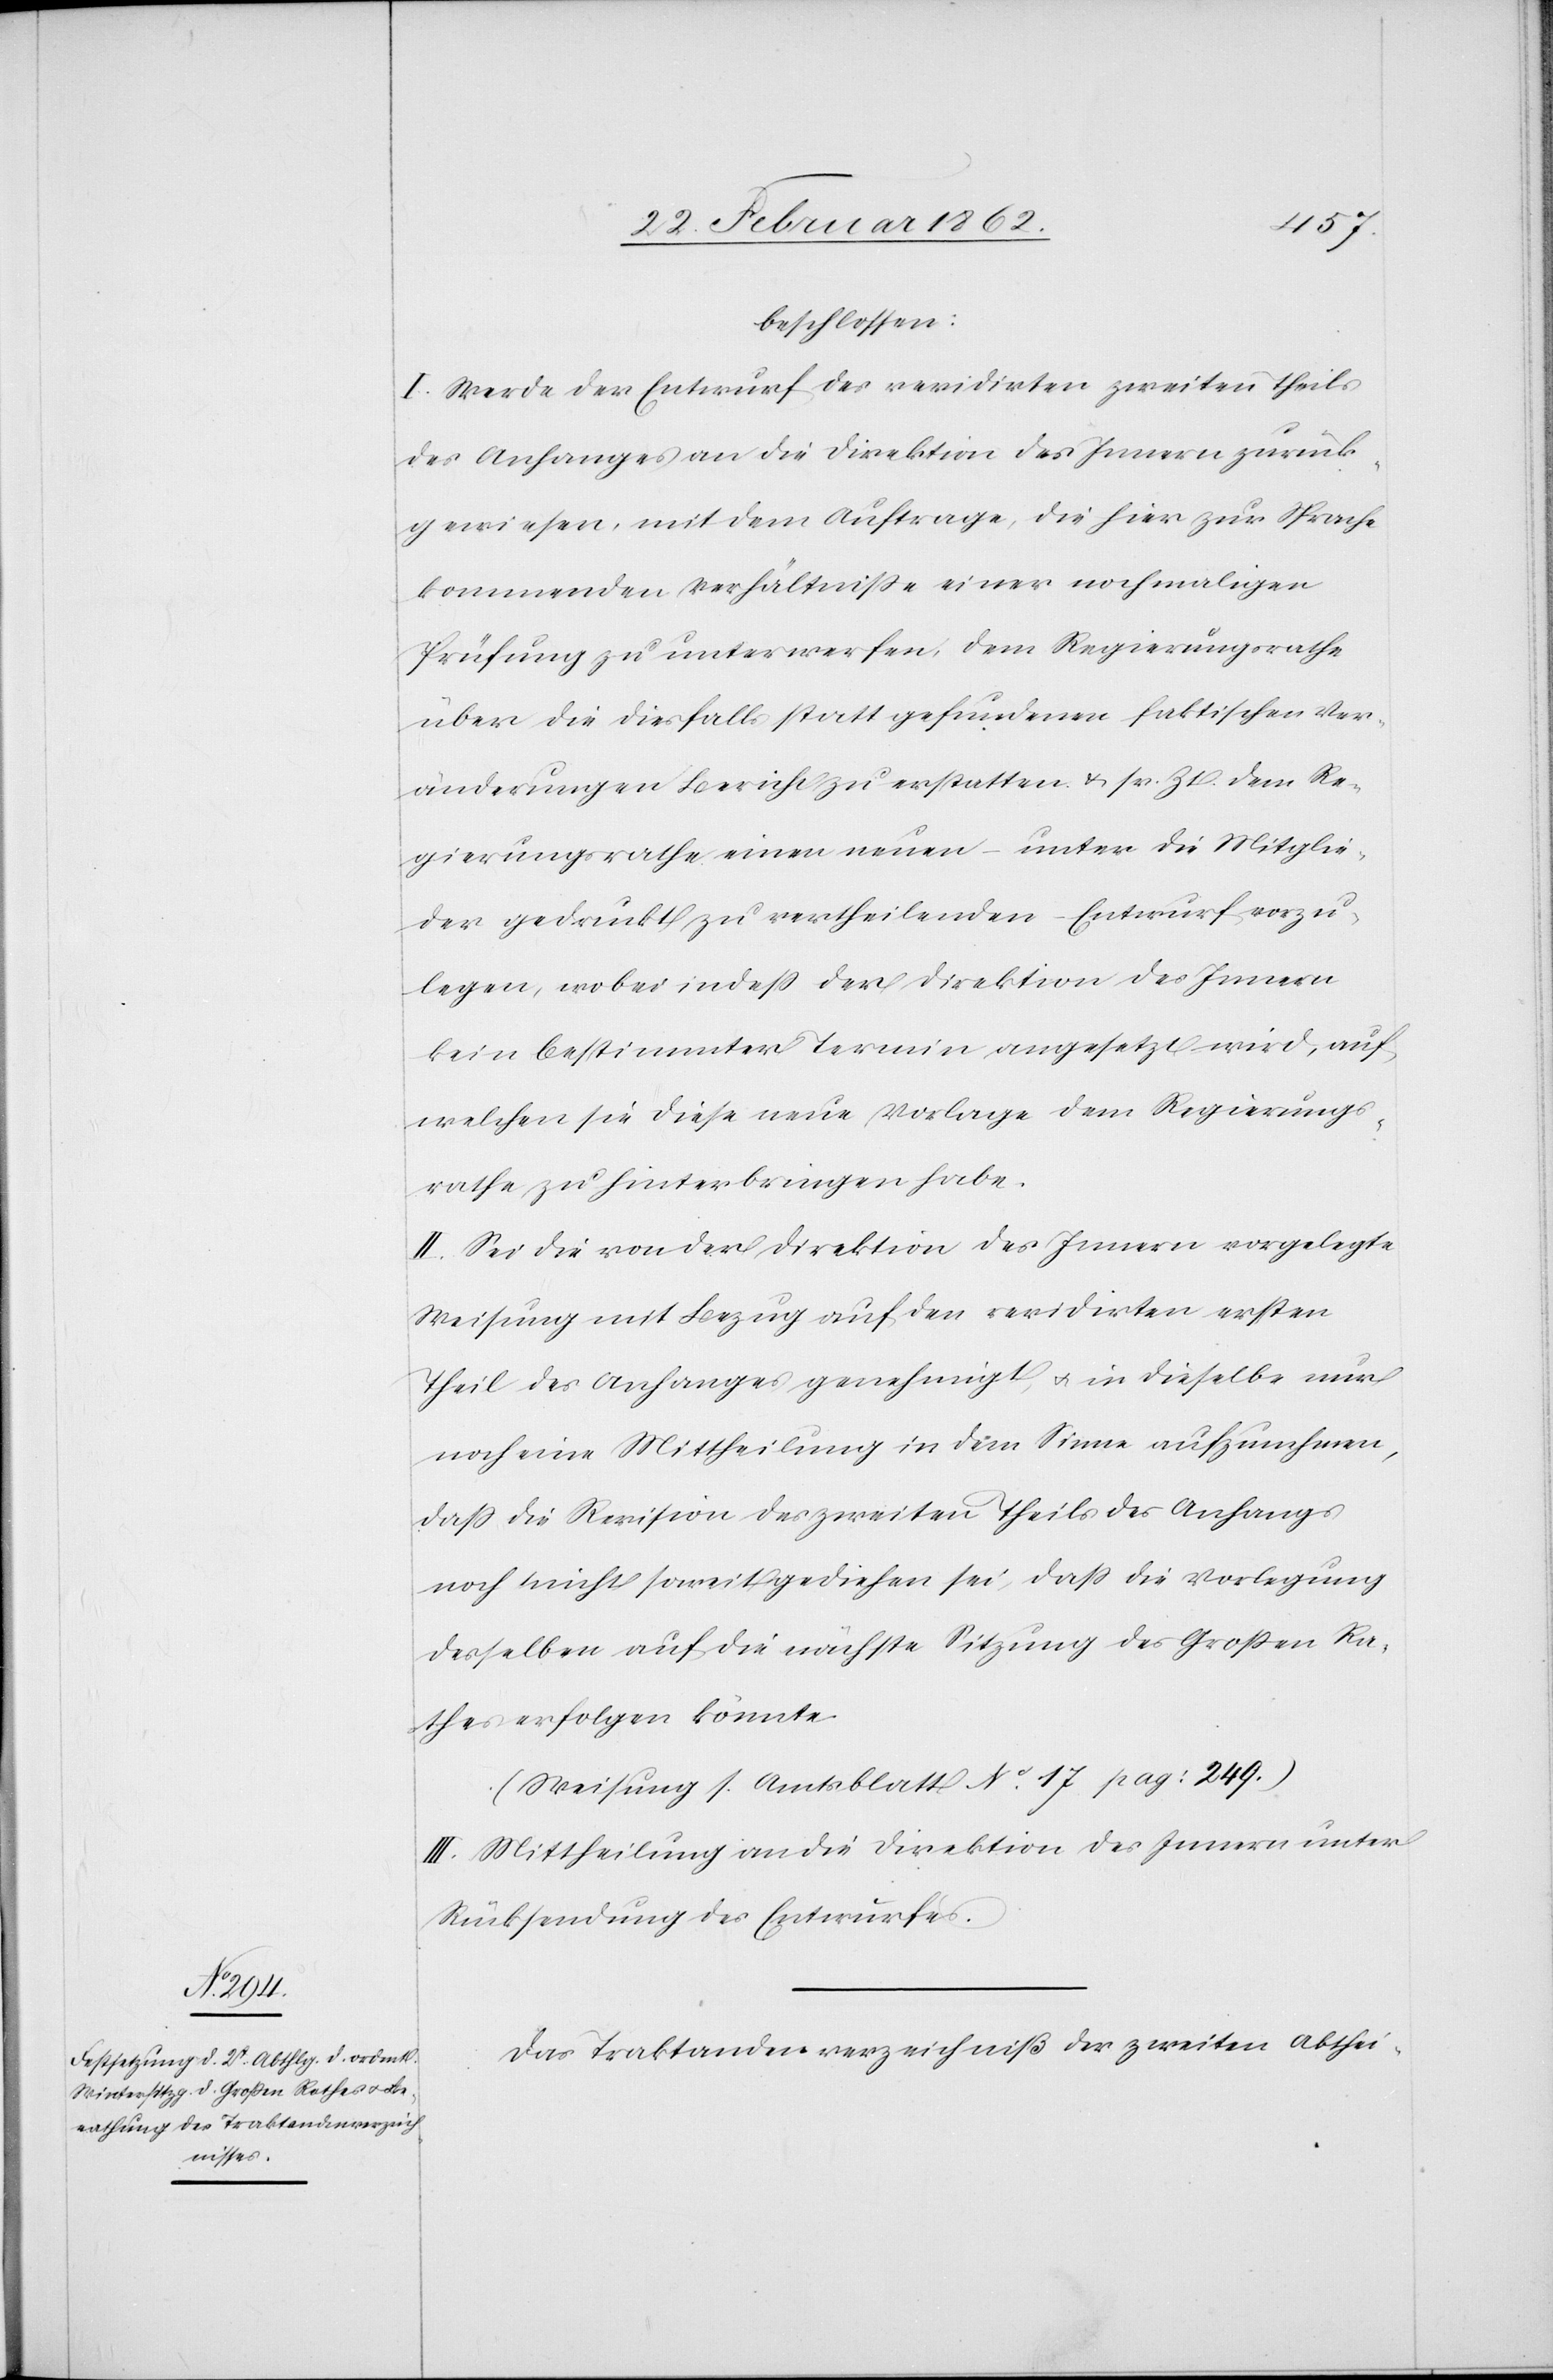
beschlossen:
I. Werde der Entwurf des revidirten zweiten Theils
des Anfanges an die Direktion des Innern zurück¬
gewiesen, mit dem Auftrage, die hier zur Sprache
kommenden Verhältniße einer nochmaligen
Prüfung zu unterwerfen, dem Regierungsrathe
über die diesfalls statt gefundenen faktischen Ver¬
änderungen Bericht zu erstatten u. sr. Zt. dem Re¬
gierungsrathe einen neuen – unter die Mitglie¬
der gedruckt zu vertheilenden – Entwurf vorzu¬
legen, wobei indeß der Direktion des Innern
kein bestimmter Termin angesetzt wird, auf
welchen sie diese neue Vorlage dem Regierungs¬
rathe zu hinterbringen habe.
II. Sei die von der Direktion des Innern vorgelegte
Weisung mit Bezug auf den revidirten ersten
Theil des Anfanges genehmigt, u. in dieselbe nur
noch eine Mittheilung in dem Sinne aufzunehmen,
daß die Revision des zweiten Theils des Anfangs
noch nicht soweit gediehen sei, daß die Vorlegung
desselben auf die nächste Sitzung des Großen Ra¬
thes erfolgen könnte.
(Weisung s. Amtsblatt No. 17 pag: 249.)
III. Mittheilung an die Direktion des Innern unter
Rücksendung ges Entwurfes.
Das Traktandenverzeichniß der zweiten Abthei-